Report on sanitation, dispensaries, and jails in Rajputana for 1921, and on vaccination for the year 1921-1922 - 1921-1922
Year: 1921
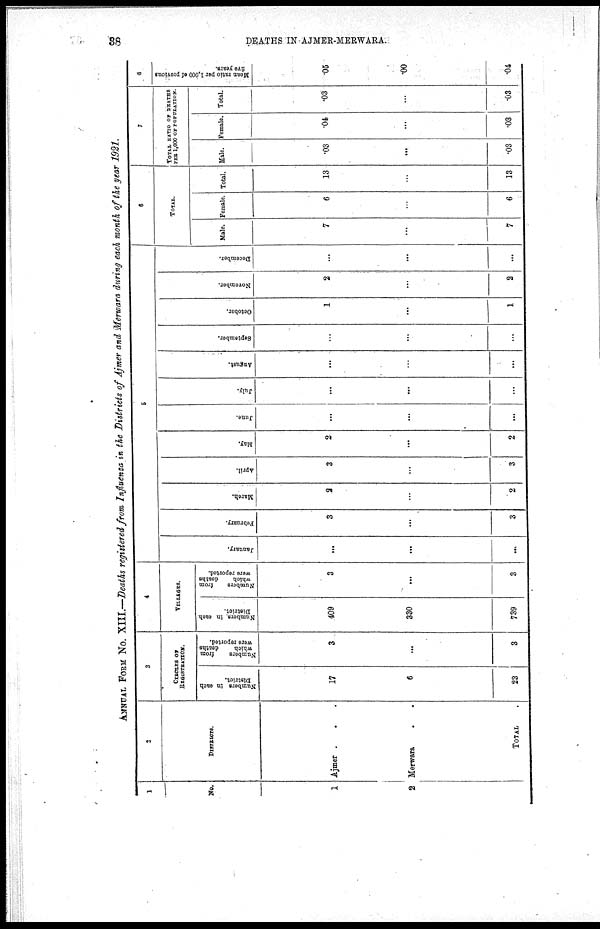
38
DEATHS IN AJMER-MERWARA.
ANNUAL FORM No. XIII.—Deaths registered from Influenza in the Districts of Ajmer and Merwara during each month of the year 1921.
1
No.
1
2
2
DISTRICTS.
Ajmer...
Merwara..
TOTAL.
3
CIRCLES OF
REGISTRATION.
Numbers in each
District.
17
6
23
Numbers
from
which
deaths
were reported.
3
...
3
4
VILLAGES.
Numbers in each
District.
409
330
739
Numbers
from
which
deaths
were reported.
3
...
3
5
January.
...
...
...
February.
3
...
3
March.
2
...
2
April.
3
...
3
May.
2
...
2
June.
...
...
...
July.
...
...
...
August.
...
...
...
September.
...
...
...
October.
1
...
1
November.
2
...
2
December.
...
...
...
6
TOTAL.
Male.
7
...
7
Female.
6
...
6
Total.
13
...
13
7
TOTAL RATIO OF DEATHS
PER 1,000 OF POPULATION.
Male.
.03
...
.03
Female.
.04
...
.03
Total.
.03
...
.03
8
Mean ratio per 1,000 of previous
five years.
.05
.00
.04